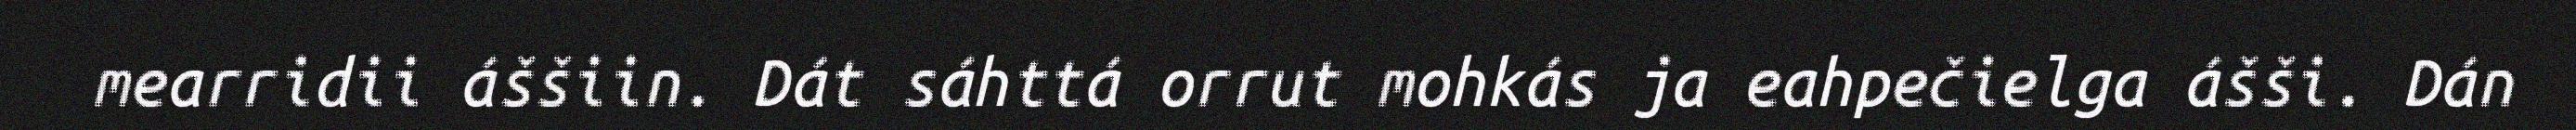
mearridii áššiin. Dát sáhttá orrut mohkás ja eahpečielga ášši. Dán